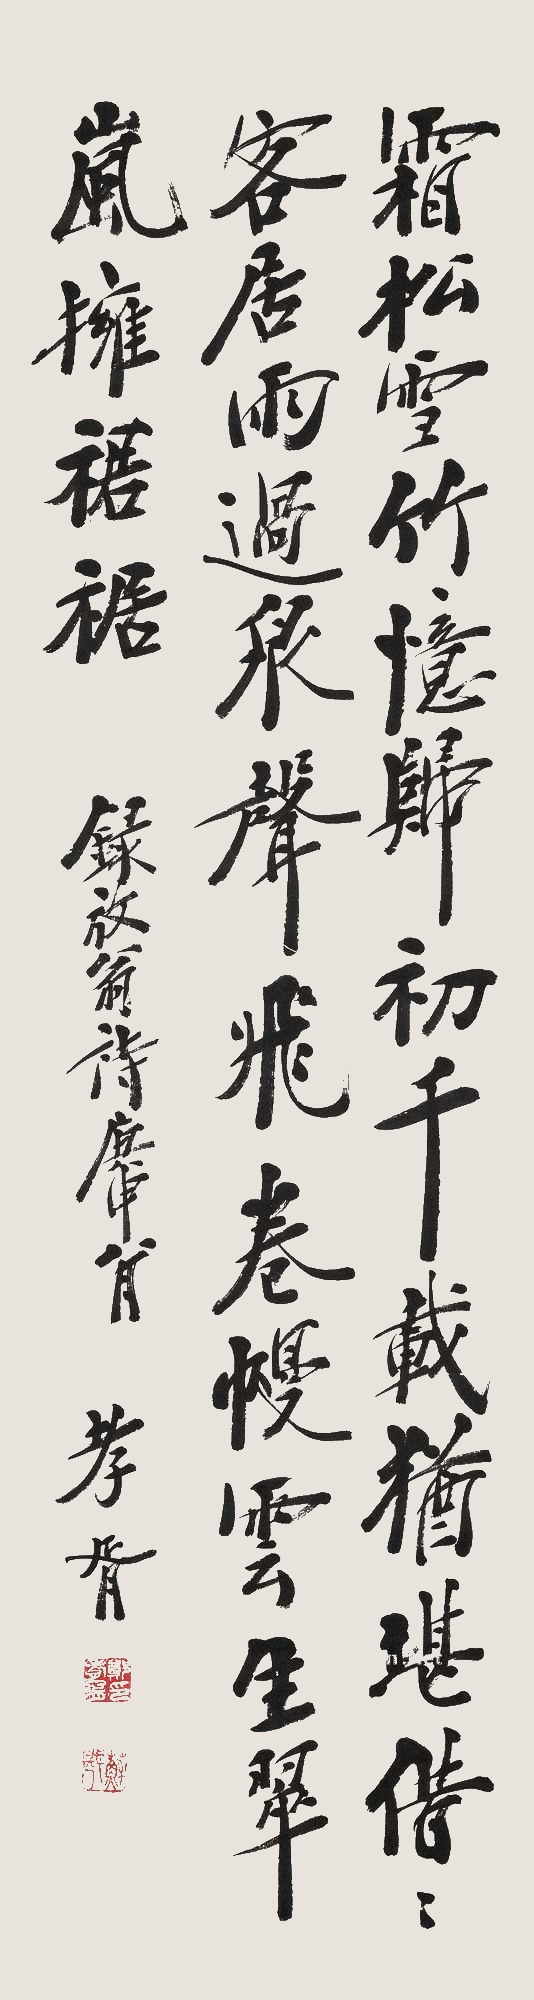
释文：霜松雪竹忆归初，千载犹堪借客居。雨过泉声飞卷幔，云生岚翠拥裙裾。录放翁诗庚申八月孝胥